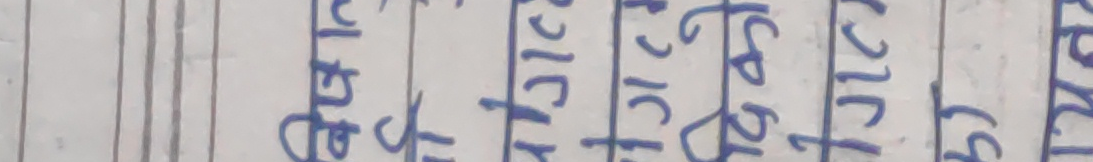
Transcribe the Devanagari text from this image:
मुठि कि